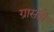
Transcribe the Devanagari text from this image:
ग्रासतो